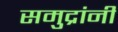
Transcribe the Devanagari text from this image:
समुद्रांनी